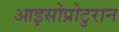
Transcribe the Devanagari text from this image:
आइसोप्रोटुरान